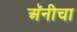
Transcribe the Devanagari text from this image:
अॅनीचा